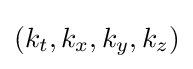
\left(k_{t},k_{x},k_{y},k_{z}\right)